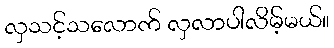
လှသင့်သလောက် လှလာပါလိမ့်မယ်။